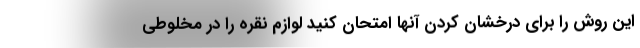
این روش را برای درخشان کردن آنها امتحان کنید لوازم نقره را در مخلوطی